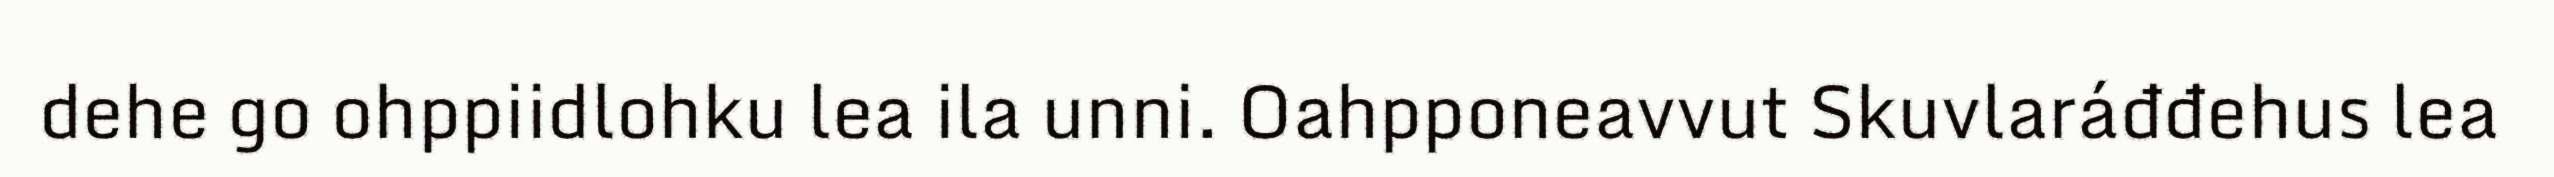
dehe go ohppiidlohku lea ila unni. Oahpponeavvut Skuvlaráđđehus lea